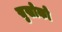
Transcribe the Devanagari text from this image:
सुखोको